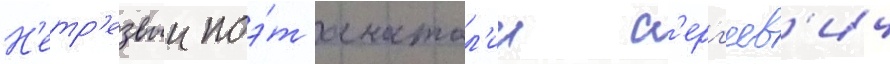
Н'етр'езвыи поэ́т анатол'ии с'ерг'еев'ич